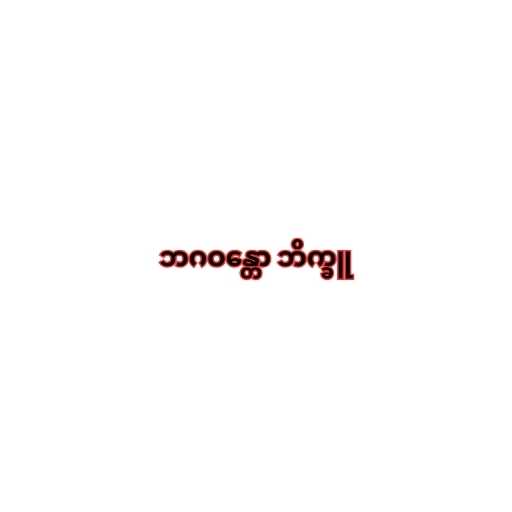
ဘဂဝန္တော ဘိက္ခူ